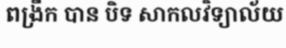
ពង្រីក បាន បិទ សាកលវិទ្យាល័យ